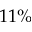
1 1 \%